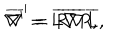
\nabla ^ { \prime } = L \nabla R , \hspace { 0 . 3 i n } \overline { { { \nabla } } } ^ { \prime } = \overline { { { R } } } \overline { { { \nabla } } } \overline { { { L } } } ,